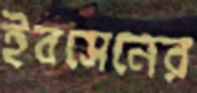
ইবসেনের